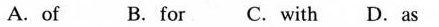
A. of B. for C. with D.as